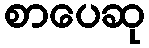
စာပေဆု